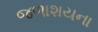
જળાશયના